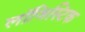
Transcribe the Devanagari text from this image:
लाॅजिस्टिक